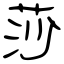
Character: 莎